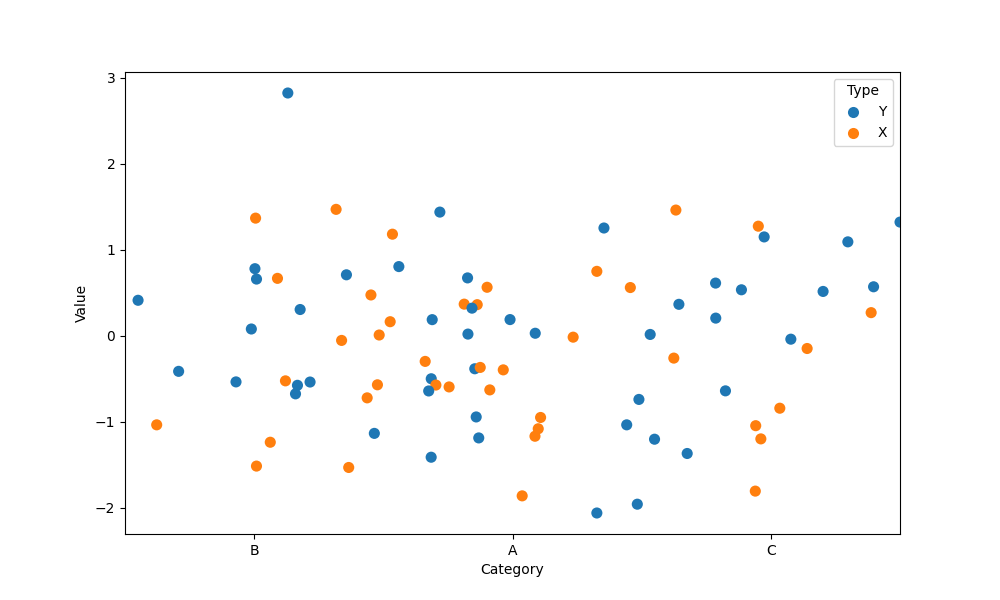
python, seaborn, stripplot, jitter=True, dodge=False, alpha=1.0, size=8